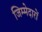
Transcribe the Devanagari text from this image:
जिम्मेदारों